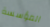
المؤسسة